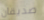
صديقان